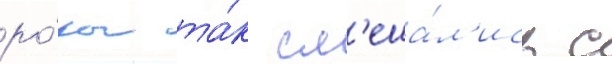
ро́зы та́к см'еша́л'ись с